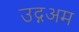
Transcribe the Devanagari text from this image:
उद्गअम